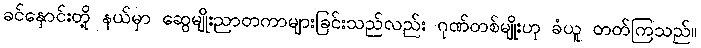
ခင်နှောင်းတို့ နယ်မှာ ဆွေမျိုးညာတကာများခြင်းသည်လည်း ဂုဏ်တစ်မျိုးဟု ခံယူ တတ်ကြသည်။